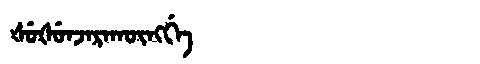
Manchu: ᡧᡠᡧᡠᠨᠵᠠᡵᠠᡴᡡᠩᡤᡝ
Romanization: ŠUŠUNJARAKŪNGGE